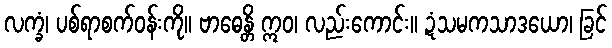
လက္ခံ၊ ပစ်ရာစက်ဝန်းကို။ ဗာဓေန္တိ ဣဝ၊ လည်းကောင်း။ ဍံသမကသာဒယော၊ ခြင်